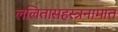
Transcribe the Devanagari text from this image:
ललितासहस्त्रनामात